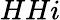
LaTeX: HHi